Medical and sanitary report of the native army of Bengal for the year
Year: 1874
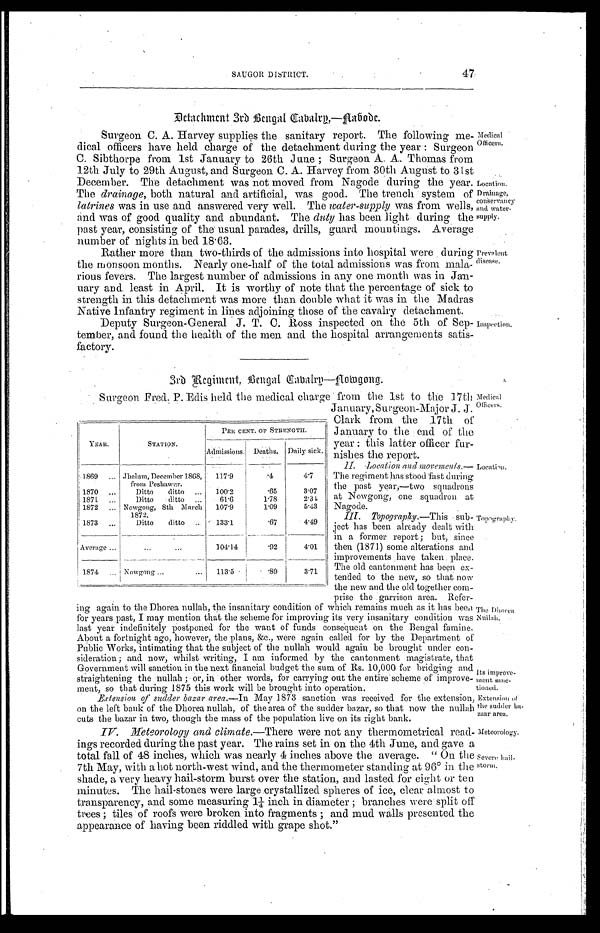
II. Location and movements.—
The regiment has stood fast during
the past year,—two squadrons
at Nowgong, one squadron at
Nagode.
III. Topography.— This sub
-
ject has been already dealt with
in a former, report; but, since
then (1871) some alterations and
improvements have taken place.
The old cantonment has been ex
-
tended to the new, so that now
the new and the old together co
m -
prise the garrison area, Refer-
Topography.
Extension of
the sudder ba
-
zaar area.
Meteorology.
Severe hail
-
torm.
SAUGOR DISTRICT. 47
Detachment 3rd Bengal Cavalry,—Nabode.
Surgeon C. A. Harvey supplies the sanitary report. The following me
-
dical officers have held charge of the detachment during the year : Surgeon
C. Sibthorpe from 1st January to 26th June ; Surgeon A. A. Thomas from
12th July to 29th August, and Surgeon. C. A. Harvey from 30th August to 31st
December. The detachment was not moved from Nagode during the year.
The drainage, both natural and artificial, was good. The trench system of
latrines was in use and answered very well. The water-supply was from wells;
and was of good quality and abundant. The duty has been light during the
past year, consisting of the usual parades, drills, guard mountings. Average
number of nights in bed 18.63.
Rather more than two-thirds of the admissions into hospital were during
the monsoon months. Nearly one-half of the total admissions was from mala
-
rious fevers. The largest number of admissions in any one month was in Ja
n -
uary and least in April. It is worthy of note that the percentage of sick to
strength in this detachment was more than double what it was in the Madras
N a t i v e I n f a n t r y r e g i m e n t i n l i n e s a d j o i n i n g t h o s e o f t h e c a v a l r y d e t a c h m e n t .
Deputy Surgeon-General J. T. C. Ross inspected on the 5th of Sep
-
tember, and found the health of the men and the hospital arrangements satis
-
factory.
3rd Regiment, Bengal Cabalry—Aowgong.
Medical
Officers.
Location.
Drainage,
conservancy
and water
-
s u p p l y .
Prevalent
disease.
Inspection.
Surgeon Fred. P. Edis held the medical charge from the 1st to the 17th
January, Surgeon-Major J. J.
Clark from the 17th of
January to the end of the
year : this latter officer fur
-
nishes the report.
Medical
Officers.
YEAR.
STATION.
PER CENT OF STRENGTH.
Admissions. Deaths. Daily sick.
1869 . . .
Jhelum, December 1868,
from Peshawar.
117.9
.4
4.7
1870 . . .
Ditto ditto . . .
100.2
.65
3.07
1871 . . .
Ditto ditto . . .
61.6
1.78
2. 34
1872 . . .
Nowgong, 8th March 1872. 107.9
1.09
5.43
1873 . . .
Ditto ditto . . .
133.1
.67
4. 49
Average . . .
. . .
104.14
.92
4.01
1874 . . .
Nowgong . . .
113.5 .89
3.71
Location.
ing again to the Dhorea nullah, the insanitary condition of which remains much as it has bee
n
for years past, I may mention that the scheme for improving its very insanitary condition was
last year indefinitely postponed for the want of funds consequent on the Bengal famine.
About a fortnight ago, however, the plans, &c., were again called for by the Department of
Public Works, intimating that the subject of the nullah would again be brought under con-
sideration; and now, whilst writing, I am informed by the cantonment magistrate, that
Government will sanction in the next financial budget the sum of Rs. 10,000 for bridging and
straightening the nullah ; or, iii other. words, for carrying out the entire scheme of improve
-
so that during 1875 this work will be brought into operation.
The Dhorea
Nuilah.
Its improve
-
ment sanc
-
tioned.
Ertension sudder bazar area.—In may 1873 sanction was received for the extension,
on the left bank of the Dhorea nullah, of the area of the sudder bazar, so that now the nullah
cuts the bazar in two, though the mass of the population live on its right bank.
IV. Meteorology and climate .—There were not any thermometrical read
-
ings recorded during the past year. The rains set in on the 4th June, and gave a
total fall of 48 inches, which was nearly 4 inches above the average. "On the
7th May, with allot north-west wind, and the thermometer standing at 96º in the
shade, a very heavy hail-storm burst over the station, and lasted for eight or ten
minutes. The hail-stones were large crystallized spheres of ice, clear almost to
transparency, and some measuring 1¼ inch in diameter ; branches were split oil
trees ; tiles of roofs were broken into fragments ; and mud walls presented the
appearance of having been riddled with grape shot."